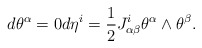
\begin{align*}d\theta^\alpha=0 d\eta^i=\frac{1}{2}J^{i}_{\alpha\beta}\theta^\alpha \wedge \theta^\beta.\end{align*}